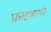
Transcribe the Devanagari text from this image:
फ्राइब्यर्गर